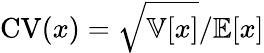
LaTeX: \mathrm{CV}(x)=\sqrt{\mathbb{V}[x]}/\mathbb{E}[x]